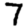
Digit: 7